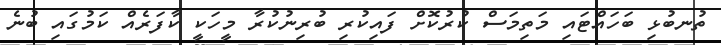
ތުނބުޅި ބަހައްޓައި މަތިމަސް ކުރުކޮށް ފައިކުރި ބުރިނުކުރާ މީހަކީ ކާފަރެއް ކަމުގައި ބުނެ